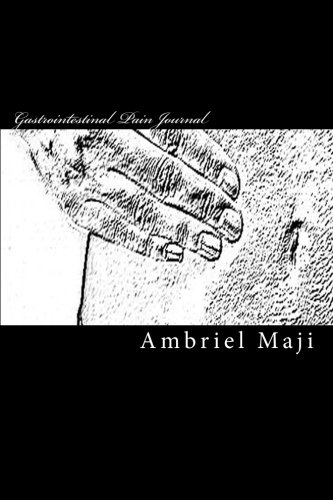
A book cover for Gastrointestinal Pain Journal: For Those Suffering From Irritable Bowel Syndrome; Ambriel Maji; Health, Fitness & Dieting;